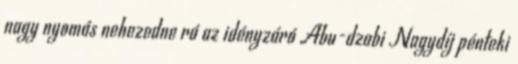
nagy nyomás nehezedne rá az idényzáró Abu-dzabi Nagydíj pénteki